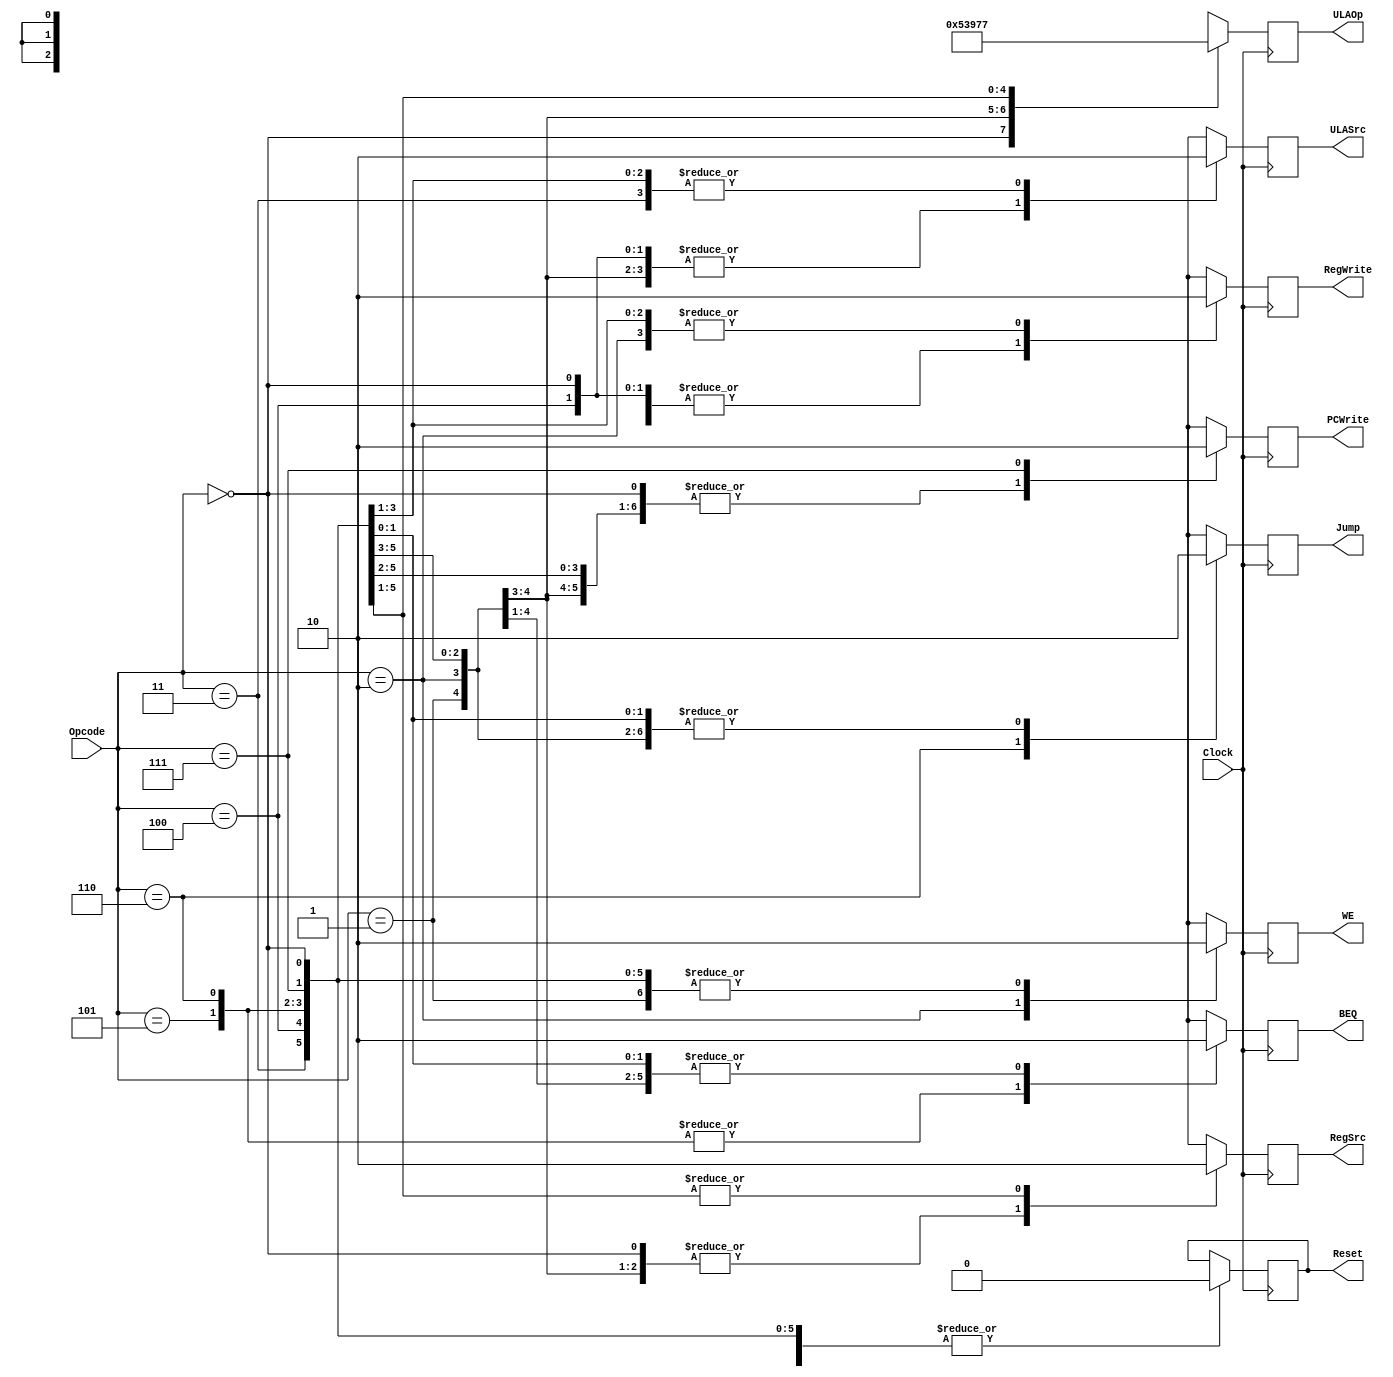
module unidade_de_controle(Clock, Jump, Opcode, WE, ULASrc, ULAOp, BEQ, RegSrc, Reset, PCWrite, RegWrite);
	input [2:0] Opcode;
	input Clock;
	output reg [2:0] ULAOp;
	output reg WE, ULASrc, BEQ, RegSrc, PCWrite, Jump, RegWrite, Reset;
	// WE = Write Enable -> MemWrite
	always @(posedge Clock)
		begin 
			case(Opcode)
				3'b000: // LOAD
					begin 
						ULAOp <= 3'b000;
						Jump <= 0;
						WE <= 0;
						ULASrc <= 1;
						BEQ <= 0;
						RegSrc <= 1;
						RegWrite <= 1;
						PCWrite <= 1;
						Reset <=0;
					end
				3'b001: // LA
					begin 
						ULAOp <= 3'b001;
						Jump <= 0;
						WE <= 0;
						ULASrc <= 1;
						BEQ <= 0;
						RegSrc <= 1; 
						RegWrite <= 1;
						PCWrite <= 1;
					end
				3'b010: // STORE
					begin 
						ULAOp <= 3'b010;
						Jump <= 0;
						WE <= 1;
						ULASrc <= 1;
						BEQ <= 0;
						RegSrc <= 1; // X
						RegWrite <= 0;
						PCWrite <= 1;
						Reset <=0;
					end
				3'b011: // ADD
					begin 
						ULAOp <= 3'b011;
						Jump <= 0;
						WE <= 0;
						ULASrc <= 0;
						BEQ <= 0;
						RegSrc <= 0; 
						RegWrite <= 1;
						PCWrite <= 1;
						Reset <=0;
					end
				3'b100: // ADDI
					begin 
						ULAOp <= 3'b100;
						Jump <= 0;
						WE <= 0;
						ULASrc <= 1;
						BEQ <= 0;
						RegSrc <= 0; 
						RegWrite <= 1;
						PCWrite <= 1;
						Reset <=0;
					end
				3'b101: // BEQ
					begin 
						ULAOp <= 3'b101;
						Jump <= 0;
						WE <= 0;
						ULASrc <= 0; // X
						BEQ <= 1;
						RegSrc <= 0; // X
						RegWrite <= 0;
						PCWrite <= 1;
						Reset <=0;
					end
				3'b110: // J
					begin 
						ULAOp <= 3'b110;
						Jump <= 1;
						WE <= 0;
						ULASrc <= 0; // X
						BEQ <= 1;
						RegSrc <= 0; // X
						RegWrite <= 0;
						PCWrite <= 1;
						Reset <=0;
					end
				3'b111: // HALT
					begin 
						ULAOp <= 3'b111;
						Jump <= 0;
						WE <= 0;
						ULASrc <= 0; // X
						BEQ <= 0;
						RegSrc <= 0; 
						RegWrite <= 0;
						PCWrite <= 0;
						Reset <=0;
					end
			endcase
		end
		
endmodule